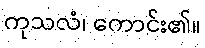
ကုသလံ၊ ကောင်း၏။